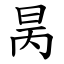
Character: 昺